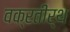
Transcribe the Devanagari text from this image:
वक्रतीर्थ